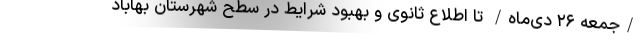
/جمعه ۲۶ دی‌ماه/ تا اطلاع ثانوی و بهبود شرایط در سطح شهرستان بهاباد